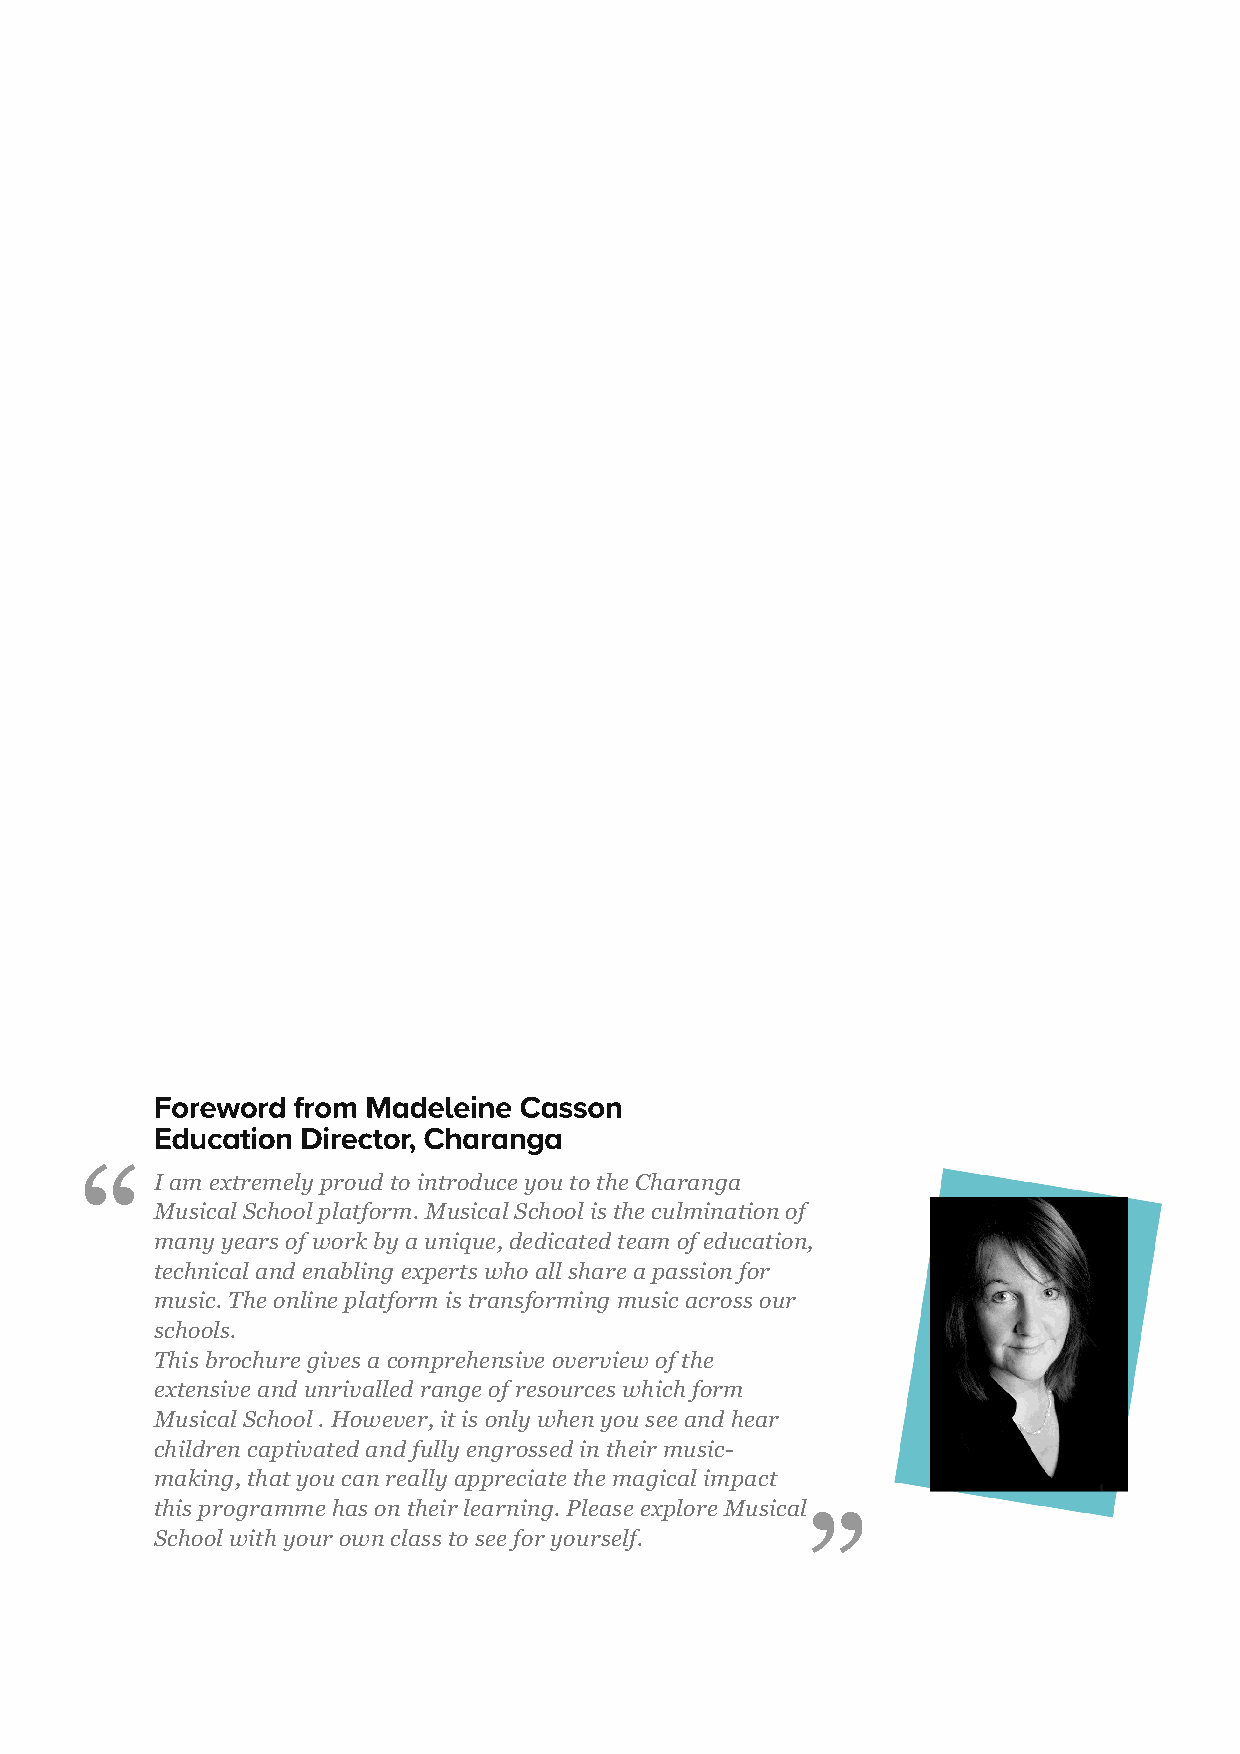
Foreword from Mdeeine Csson
 Eduction Director, Chrng
 “
 I am extremely proud to introduce you to the Charanga
 Musical School platform. Musical School is the culmination of
 many years of work by a unique, dedicated team of education,
 technical and enabling experts who all share a passion for
 music. The online platform is transforming music across our
 schools.
 This brochure gives a comprehensive overview of the
 extensive and unrivalled range of resources which form
 Musical School . However, it is only when you see and hear
 children captivated and fully engrossed in their music-
 making, that you can really appreciate the magical impact
 this programme has on their learning. Please explore Musical
 ”
 School with your own class to see for yourself.